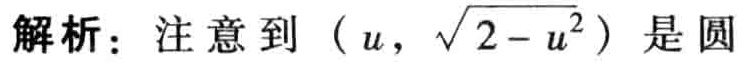
解析：注意到（\(u\)，\(\sqrt{2 - u^{2}}\)）是圆